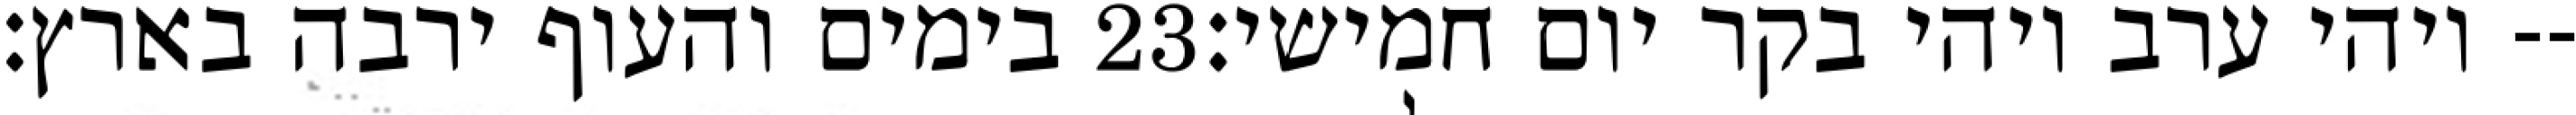
בימים והעוף ירבה בארץ׃ ‎23‏ ויהי ערב ויהי בקר יום חמישי׃--